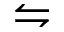
\leftrightharpoons